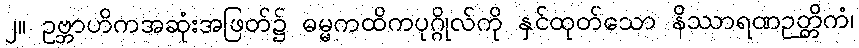
၂။ ဥဗ္ဘာဟိကအဆုံးအဖြတ်၌ ဓမ္မကထိကပုဂ္ဂိုလ်ကို နှင်ထုတ်သော နိဿာရဏဉတ္တိကံ၊